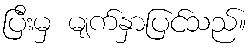
ပြီးမှ မျက်နှာပြင်သည်။